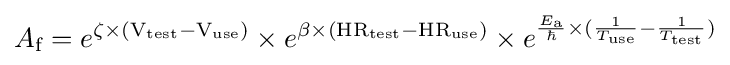
\displaystyle A_{\text{f}}=e^{\zeta \times ({\text{V}}_{\text{test}}-{\text{V}}_{\text{use}})}\times e^{\beta \times ({\text{HR}}_{\text{test}}-{\text{HR}}_{\text{use}})}\times e^{{\frac {E_{\text{a}}}{\hbar }}\times ({\frac {1}{T_{\text{use}}}}-{\frac {1}{T_{\text{test}}}})}